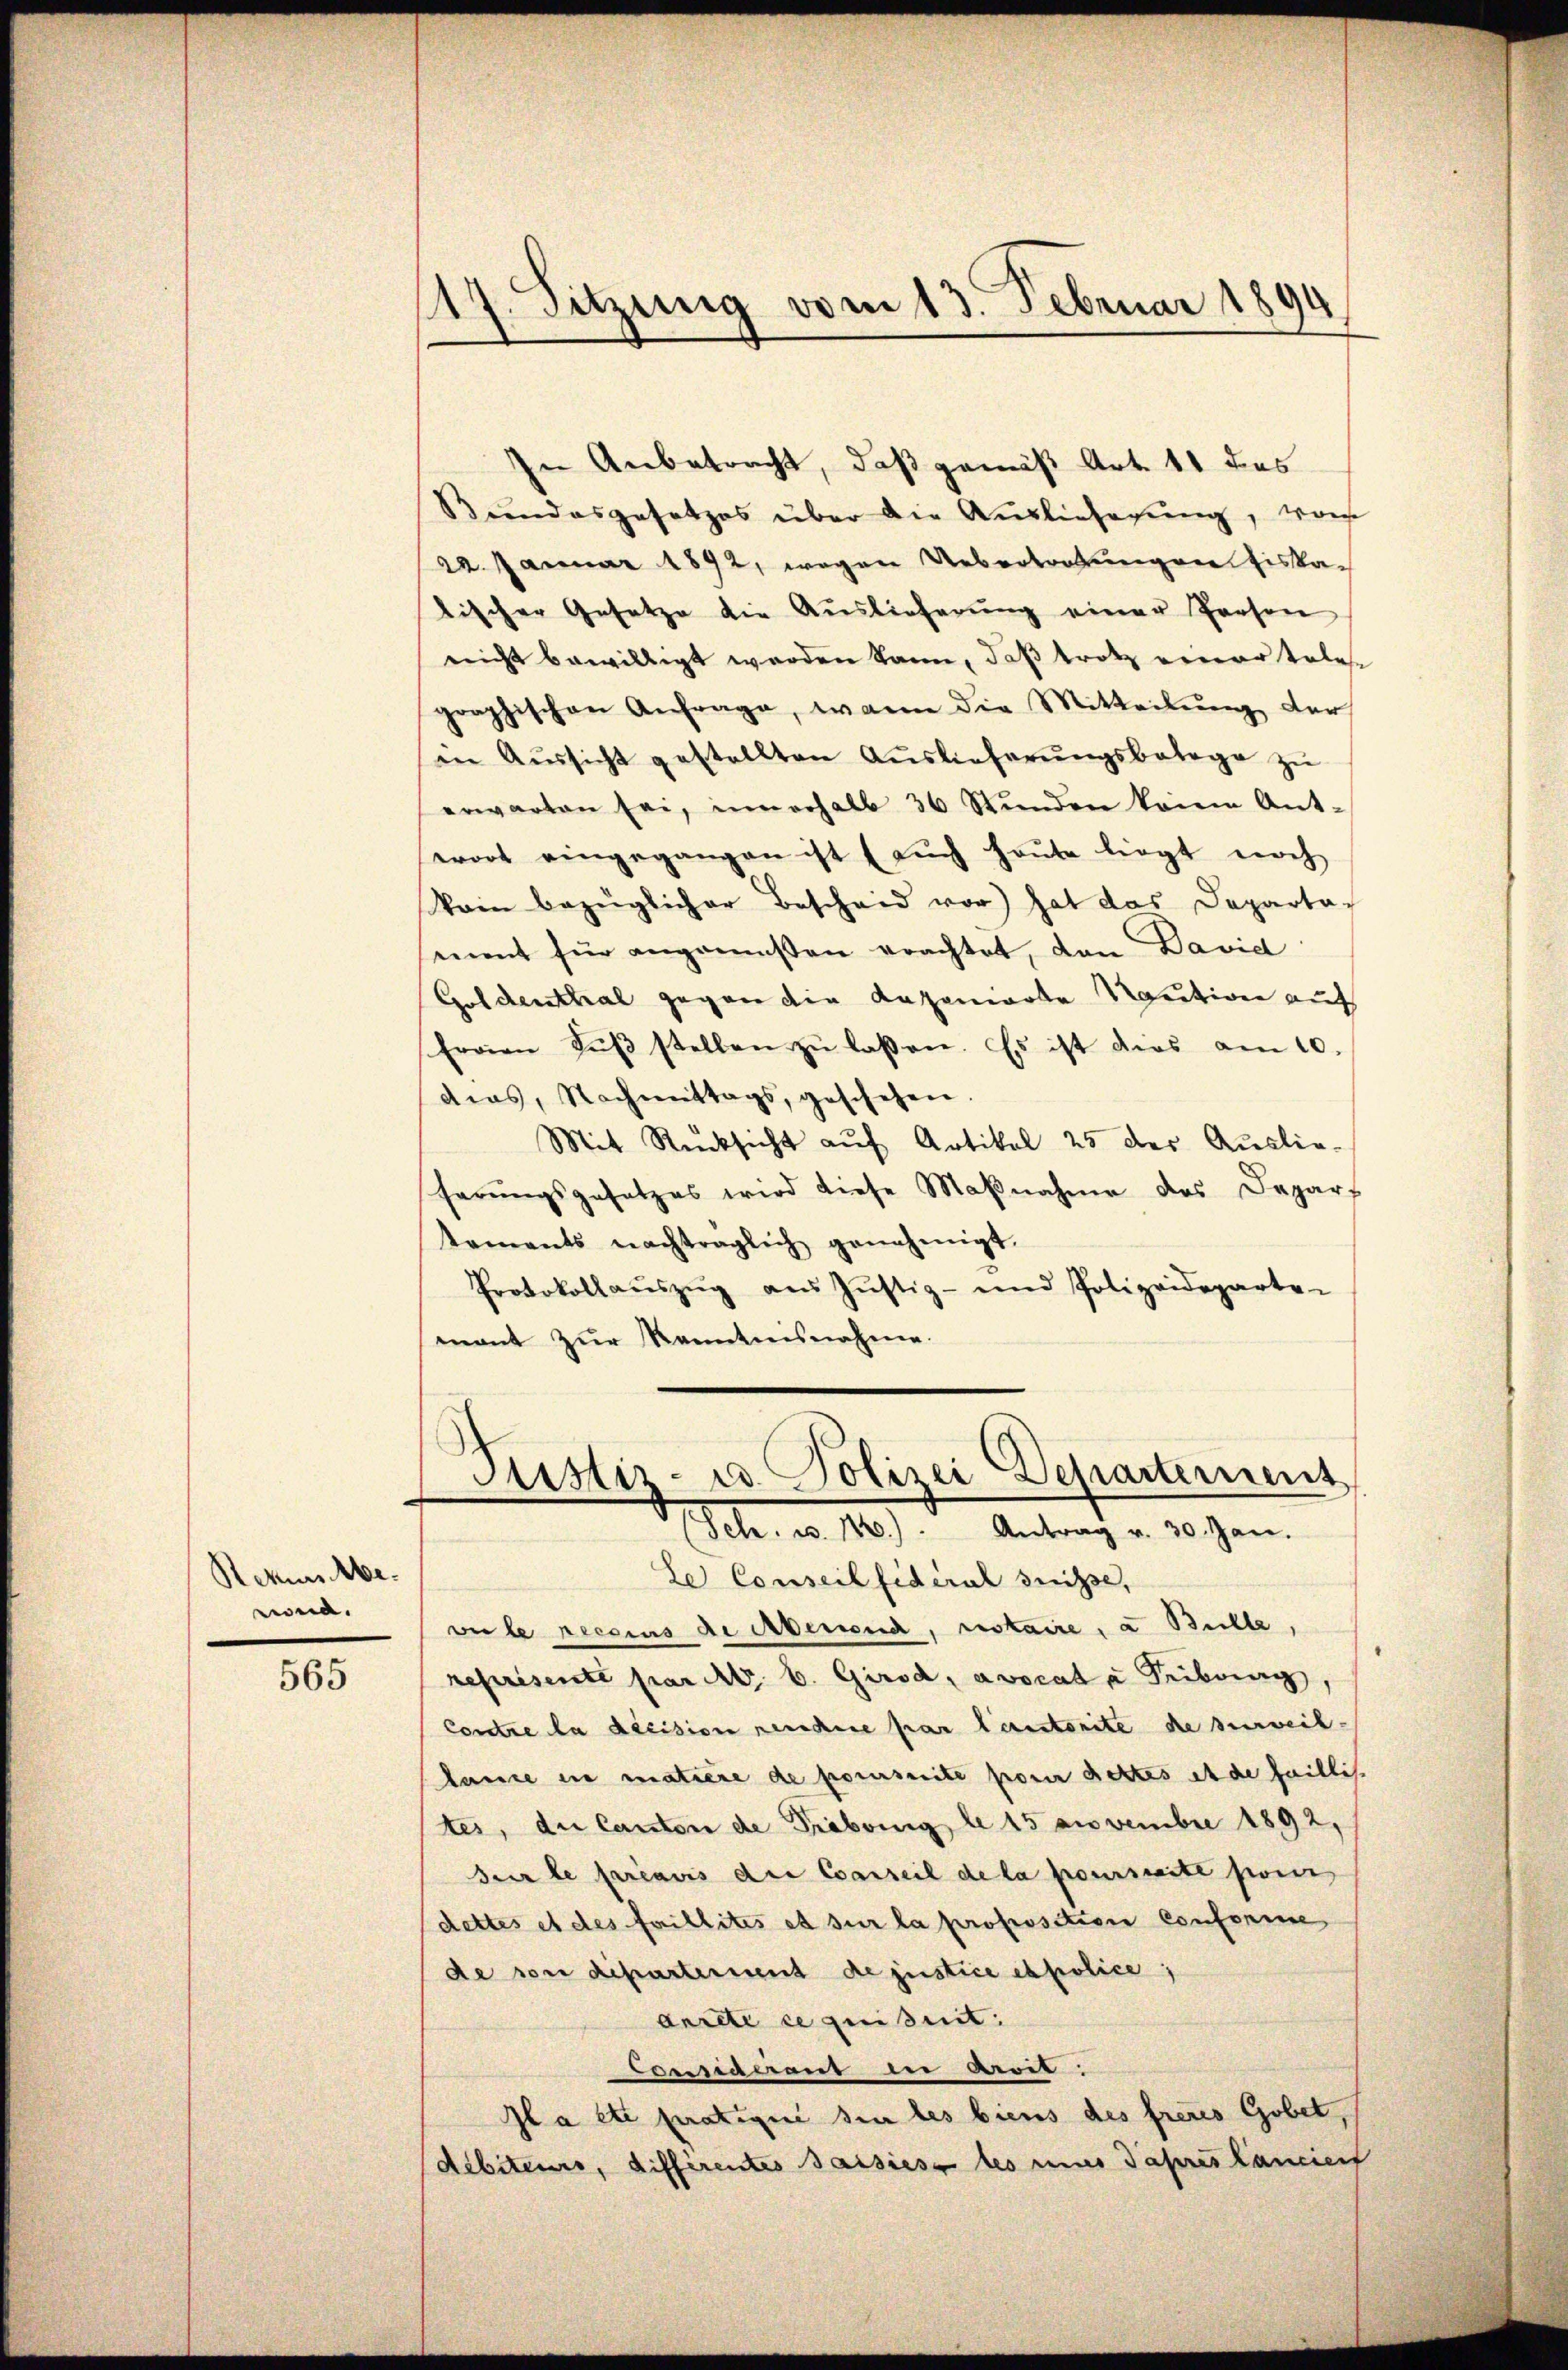
Stekursbeena.

565

In Anbetracht, daß gemäß Art. 11 des
Bundesgesetzes über die Auslieferung, wor
22. Januar 1892, wegen Uebertretungen fiskatischer Gesetze die Auslieferŭng einer Person
nicht bewilligt werden kann, daß trotz einer tales
graphischen Anfrage, wann die Mitteilŭng der
in Aŭssicht gestellten Aŭslieferŭngsbetage zŭ
erwarten sei, innerhalb 36 Stŭnden keine Ant-
wort eingegangen ist (auch heute liegt noch
Vom bezüglicher Bescheid vor hat das Departa-
eeint für angemeßen erachtet, den David
Goldenthal gegen die Kapanierte Kaution auf
Ervian Fŭβ stellen zŭ lassen. Es ist dies am 10.
dias, Nachmittags, geschehen.
Mit Rücksicht aŭf Artikel 25 der Auslie-
ferŭngsgesetzes wird diese Maβnahme des Depart
taments nachträglich genehmigt.
Protokollaŭszŭg aŭs Jŭstiz- und Polizeideparte-
mant zur Kenntnisnahme.

117. Sitzung vom 13. Februar 1890

ver le reesius de Abenend, riskaire, u. Bulle,
reprisenté par A. b. Girod, avocata Tribung,
Contre la decision rendere par leistorite de surveil-
lance in matiere de poursuite pour dettes et de faillis
tes, die Canton de Tribung, de 15 anvembre 1892,
sur le préavis die Conseil de la pourseite pour
dettes et des faillites et sur la proposition conforme
de von departement de justice espolice,
anrede ce quisit
Consigerend der Breit.
Ila etc pratique sie les biens des freies Gobet,
débiteurs, differentes saisies les eines Tapreslancier

Justiz- u. Polizei Departement
(Sch. u. 10). Antrag v. 30. Jan.
Le Conseil fidéral suisse,